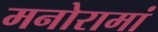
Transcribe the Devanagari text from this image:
मनोरामां